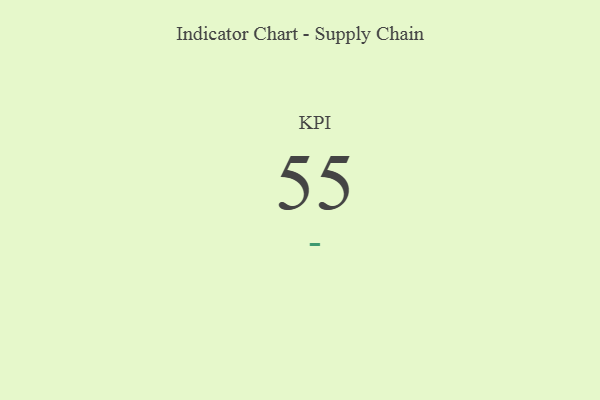
{"axis": {"x": "KPI", "y": "Value"}, "legend": [""], "data": [{"x": "KPI", "y": 55, "type": ""}]}